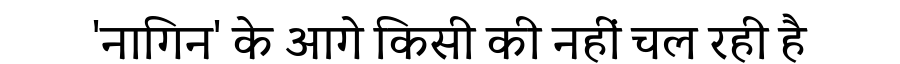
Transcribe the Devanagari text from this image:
'नागिन' के आगे किसी की नहीं चल रही है